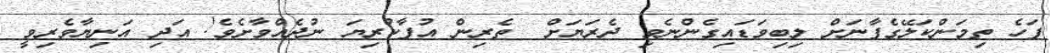
ފަހެ ތިމަންކަލޭގެފާނަށް ލިބިވަޑައިގެންނެވި ދެރަޔަށް  ތެރިން އުފާކުރިޔަ ނުދެއްވާށެވެ! އަދި އަނިޔާވެރިވީ